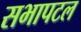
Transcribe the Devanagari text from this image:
सभापटल